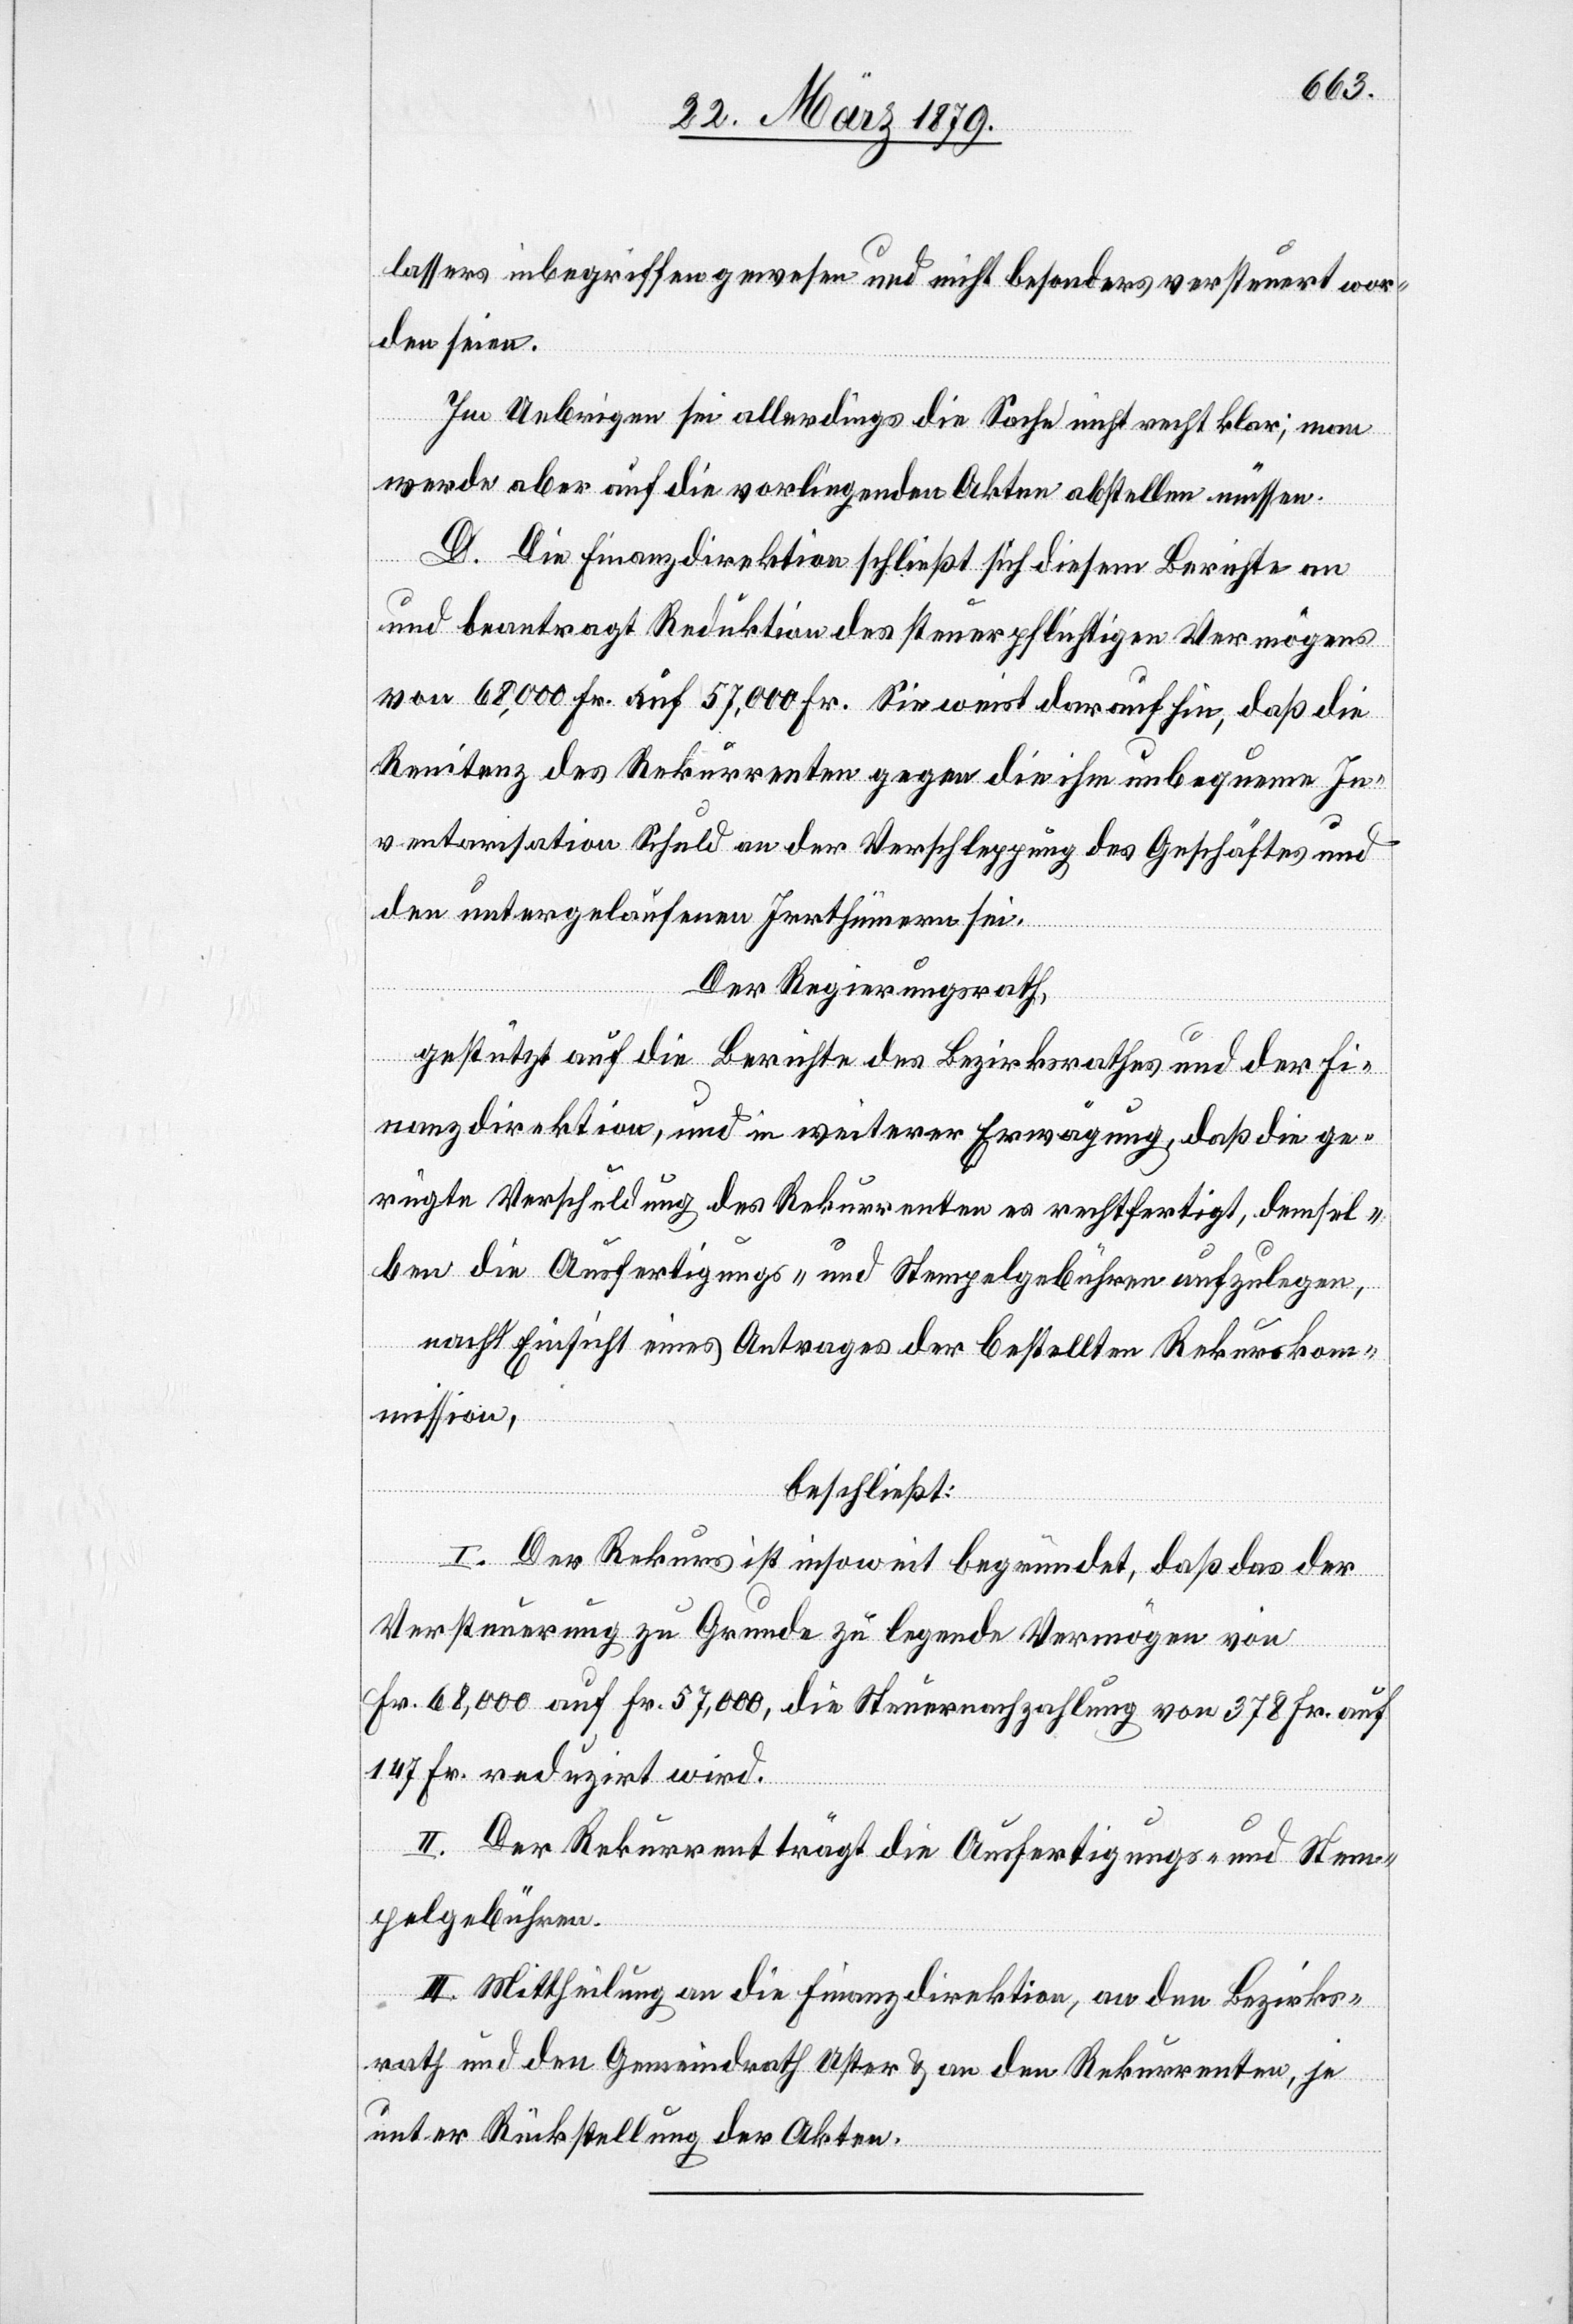
lassers inbegriffen gewesen und nicht besonders versteuert wor¬
den seien.
Im Uebrigen sei allerdings die Sache nicht recht klar; man
werde aber auf die vorliegenden Akten abstützen müssen.
D. Die Finanzdirektion schließt sich diesem Berichte an
und beantragt Reduktion des steuerpflichtigen Vermögens
von 68,000 Fr. auf 57,000 Fr. Sie weist darauf hin, daß die
Renitenz des Rekurrenten gegen die ihm unbequeme In¬
ventarisation Schuld an der Verschleppung des Geschäftes und
den untergelaufenen Irrthümern sei.
Der Regierungsrath,
gestützt auf die Berichte des Bezirksrathes und der Fi¬
nanzdirektion, und in weiterer Erwägung, daß die ge¬
rügte Verschuldung des Rekurrenten es rechtfertigt, demsel¬
ben die Ausfertigungs- und Stempelgebühren aufzulegen,
nach Einsicht eines Antrages der bestellten Rekurskom¬
mission,
beschließt:
I. Der Rekurs ist insoweit begründet, daß das der
Versteuerung zu Grunde zu legende Vermögen von
Fr. 68,000 auf Fr. 57,000, die Steuernachzahlung von 378 Fr. auf
147 Fr. reduzirt wird.
II. Der Rekurrent trägt die Ausfertigungs- und Stem¬
pelgebühren.
III. Mittheilung an die Finanzdirektion, an den Bezirks¬
rath und den Gemeindrath Uster & an den Rekurrenten, je
unter Rückstellung der Akten.